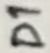
Text: D1